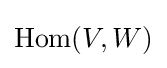
\operatorname {Hom} (V,W)